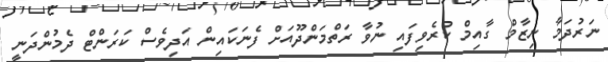
ނަރުދަމާ ނިޒާމް ގާއިމް ކުރެވިފައި ނުވާ ރަތްމަންދޫއަށް ފެނަކައިން އަދިވެސް ކަރަންޓް ދެމުންދަނީ